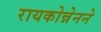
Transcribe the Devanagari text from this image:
रायकोन्नेनने